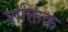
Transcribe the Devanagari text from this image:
शक्तिक